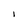
Character: l